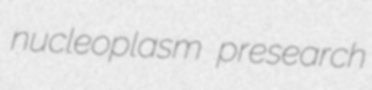
nucleoplasm presearch